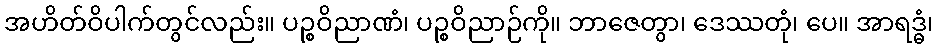
အဟိတ်ဝိပါက်တွင်လည်း။ ပဉ္စဝိညာဏံ၊ ပဉ္စဝိညာဉ်ကို။ ဘာဇေတွာ၊ ဒေဿတုံ၊ ပေ။ အာရဒ္ဓံ၊